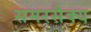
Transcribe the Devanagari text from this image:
समरसैक्य